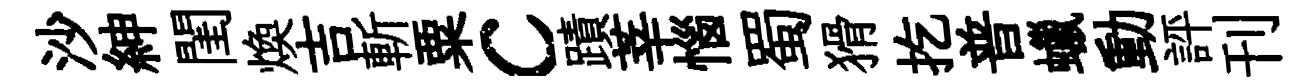
沙紳閨煥吉斬粟c蹟莘惱蜀猾扢普蠟動評刊